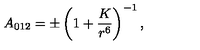
A _ { 0 1 2 } = \pm \left( 1 + \frac { K } { r ^ { 6 } } \right) ^ { - 1 } ,